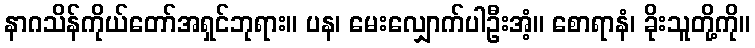
နာဂသိန်ကိုယ်တော်အရှင်ဘုရား။ ပန၊ မေးလျှောက်ပါဦးအံ့။ စောရာနံ၊ ခိုးသူတို့ကို။